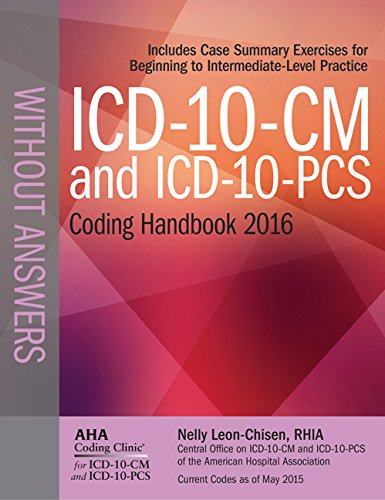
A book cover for ICD-10-CM and ICD-10-PCS Coding Handbook, without Answers, 2016 Rev. Ed.; Nelly Leon-Chisen; Business & Money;